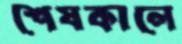
শেষকালে